Vaccination in the Punjab 1919-1929 - 1919-1929
Year: 1919
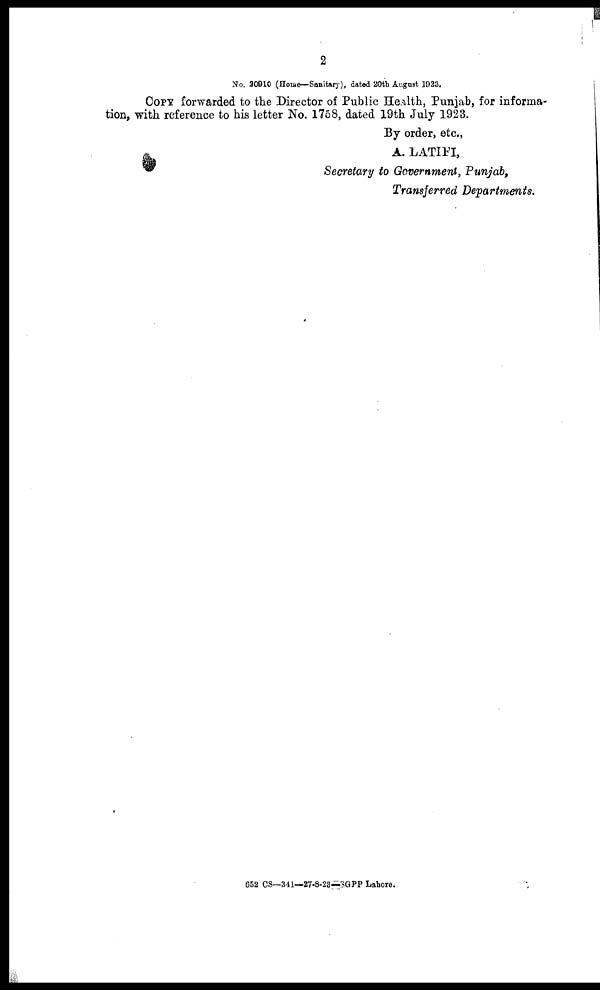
2
No. 20910 (Homo—Sanitary), dated 20th August 1923.
COPY forwarded to the Director of Public Health, Punjab, for informa-
tion, with reference to his letter No. 1758, dated 19th July 1923.
By order, etc.,
A. LATIFI,
Secretary to Government, Punjab,
Transferred Departments.
652 CS—341—27-8-23—SGPP Lahore.